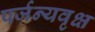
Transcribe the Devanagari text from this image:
पर्जन्यवृक्ष